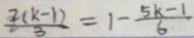
\frac { 2 ( k - 1 ) } { 3 } = 1 - \frac { 5 k - 1 } { 6 }